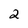
Character: 2